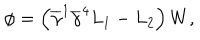
\phi = \left( \overline { { { \gamma } } } ^ { 1 } \overline { { { \gamma } } } ^ { 4 } L _ { 1 } - L _ { 2 } \right) W ,